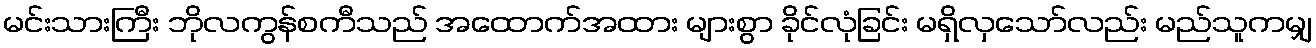
မင်းသားကြီး ဘိုလကွန်စကီသည် အထောက်အထား များစွာ ခိုင်လုံခြင်း မရှိလှသော်လည်း မည်သူကမျှ